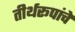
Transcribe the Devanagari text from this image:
तीर्थरूपांचे